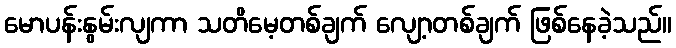
မောပန်းနွမ်းလျကာ သတိမေ့တစ်ချက် လျော့တစ်ချက် ဖြစ်နေခဲ့သည်။